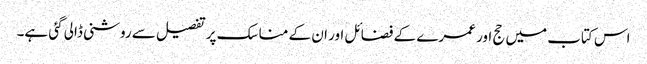
اس کتاب میں حج اور عمرے کے فضائل اور ان کے مناسک پر تفصیل سے روشنی ڈالی گئی ہے۔